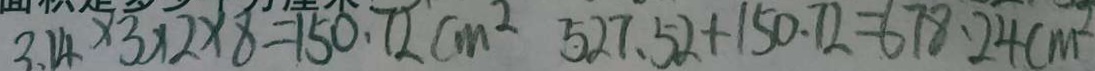
3 . 1 4 \times 3 \times 2 \times 8 = 1 5 0 . 7 2 c m ^ { 2 } 5 2 7 . 5 2 + 1 5 0 . 7 2 = 6 7 8 . 2 4 c m ^ { 2 }